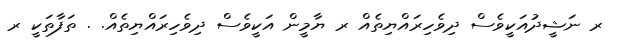
ރ ނަޝީދުއަކީވެސް ދިވެހިރައްޔިތެއް ރ ޔާމީން އަކީވެސް ދިވެހިރައްޔިތެއް. . ތަފާތަކީ ރ